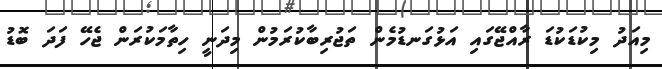
މިއަދު މިކުޑަކުޑަ ރާއްޖޭގައި އަޅުގަނޑުމެން ތަޖުރިބާކުރަމުން މިދަނީ ހިތާމަކުރަން ޖެހޭ ފަދަ ބޮޑު